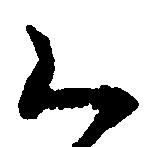
く